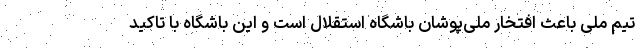
تیم ملی باعث افتخار ملی‌پوشان باشگاه استقلال است و این باشگاه با تاکید